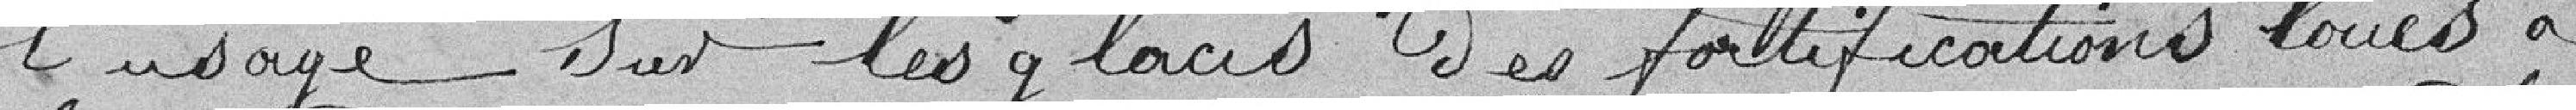
l'usage sur les glacis des fortifications loués à